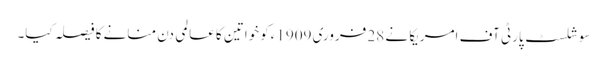
سوشلسٹ پارٹی آف امریکا نے 28 فروری 1909ءکو خواتین کا عالمی دن منانے کا فیصلہ کیا۔